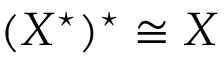
( X ^ { \star } ) ^ { \star } \cong X